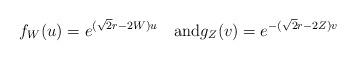
LaTeX: \begin{align*}f_W(u)=e^{(\sqrt2r-2W)u}\quad\mbox{and}g_Z(v)=e^{-(\sqrt2r-2Z)v}\end{align*}